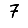
Digit: 7